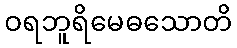
ဝရဘူရိမေဓသောတိ